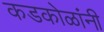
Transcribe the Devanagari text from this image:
कडकोळांनी